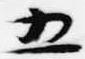
五